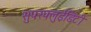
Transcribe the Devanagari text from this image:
सुपरफ्लुईडिटी